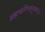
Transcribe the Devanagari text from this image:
ब्रह्मचारिण्यनुत्तमा॥